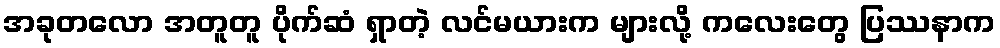
အခုတလော အတူတူ ပိုက်ဆံ ရှာတဲ့ လင်မယားက များလို့ ကလေးတွေ ပြဿနာက